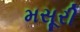
મસૂરી